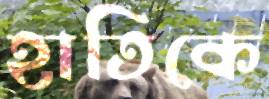
হাতিকে